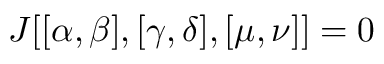
J [ [ \alpha , \beta ] , [ \gamma , \delta ] , [ \mu , \nu ] ] = 0